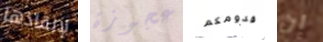
لإنقاذها عجوزة قدومكم إن